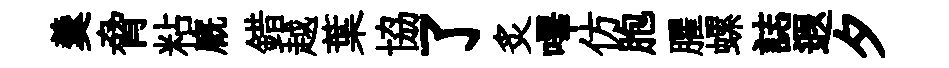
羹脅粘廐錯越葉協了炙嗶仿胞臞螺誌遐夕